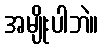
အမျိုးပါဘဲ။